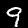
Label: 9